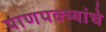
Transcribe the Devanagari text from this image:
पाणपक्ष्यांचे